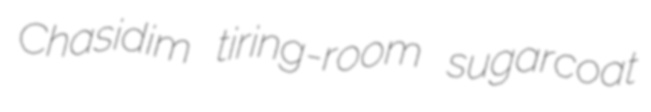
Chasidim tiring-room sugarcoat